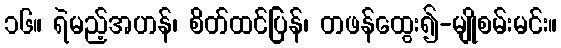
၁၆။ ရဲမည့်အဟန်၊ စိတ်ထင်ပြန်၊ တဖန်ထွေး၍-မျိုစမ်းမင်း။